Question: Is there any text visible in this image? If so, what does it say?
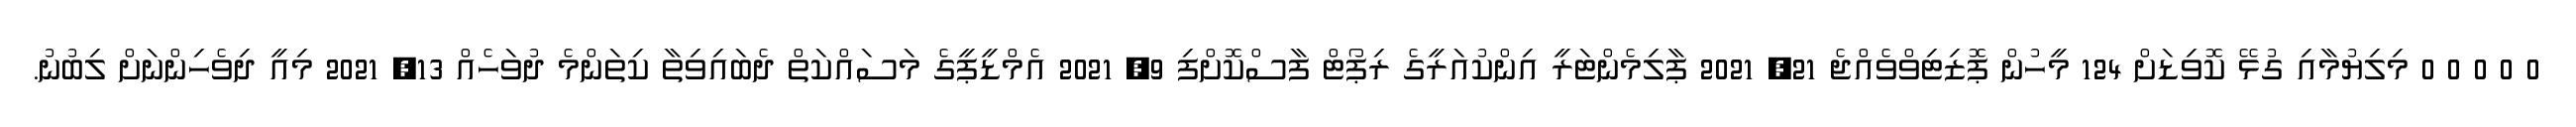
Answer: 0 0 0 0 0 މިލިޔުމާއި ގުޅޭ ކޮވިޑަށް 124 މީހުން ޕޮޒިޓިވްވެއްޖެ 21, 2021 ޕާލިމެންޓަރީ އިންކުއަރީގެ ރިޕޯޓް ފާސްކޮށްފި 9, 2021 އެމްޑީޕީގެ މަސައްކަތް ދެބައިވިތާ ކިތަންމެ ދުވަހެއް 13, 2021 މިއީ ދިވެހިންނަށް ލިބުނު.